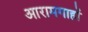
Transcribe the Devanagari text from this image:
आरामगाहों